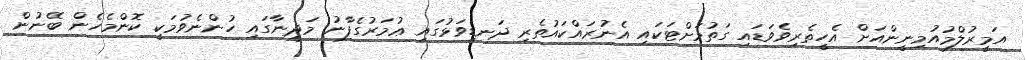
އަމީރުލްމުއުމިނީންއަށް އެހީތެރިވެވަޑައި ގަތުމަށްޓަކައި އެނުރައްކައުތެރި ދަނޑިވަޅުގައި ޢުމަރުގެފާނު މަދީނާގައި ހުންނެވުމަކީ ކޮންމެހެން ބޭނުން